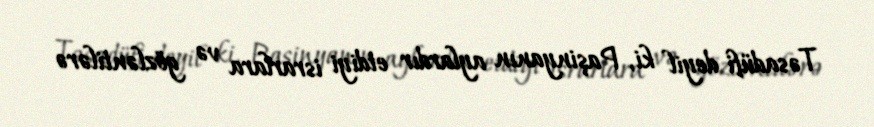
Təsadüfi deyil ki, Paşinyanın aylardır etdiyi israrlara və gözləntilərə